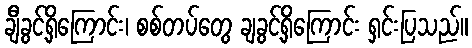
ချီခွင့်ရှိကြောင်း၊ စစ်တပ်တွေ ချခွင့်ရှိကြောင်း ရှင်းပြသည်။